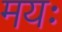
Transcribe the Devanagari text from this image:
मयः